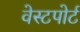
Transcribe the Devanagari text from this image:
वेस्‍टपोर्ट